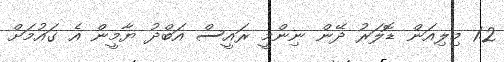
1.2 މިލިއަން ޑޮލަރު ދޭން ނިންމީ ރައީސް އަބްދު ޔާމީން އެ ގައުމަށް